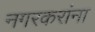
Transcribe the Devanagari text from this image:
नगरकरांना